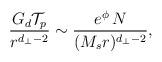
LaTeX: \begin{align*}{G_d {\cal T}_p \over r^{d_\perp - 2}} \sim {e^{\phi} \, N\over (M_sr)^{d_\perp -2}} ,\end{align*}